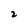
Character: 2